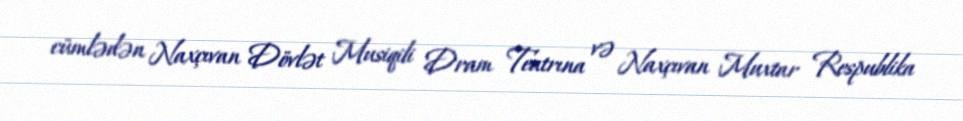
cümlədən Naxçıvan Dövlət Musiqili Dram Teatrına və Naxçıvan Muxtar Respublika